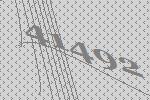
41492